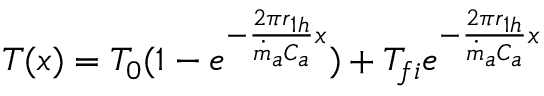
\begin{array} { r } { T ( x ) = T _ { 0 } ( 1 - e ^ { - \frac { 2 { \pi r } _ { 1 h } } { { \dot { m } } _ { a } C _ { a } } x } ) + T _ { f i } e ^ { - \frac { 2 { \pi r } _ { 1 h } } { { \dot { m } } _ { a } C _ { a } } x } } \end{array}